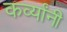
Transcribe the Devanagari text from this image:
कर्व्यांनी